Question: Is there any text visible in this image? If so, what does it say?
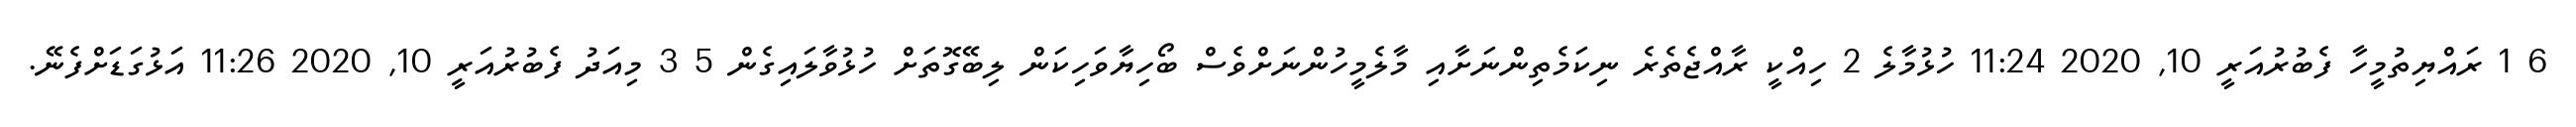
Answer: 6 1 ރައްޔިތުމީހާ ފެބުރުއަރީ 10, 2020 11:24 ހުޅުމާލެ 2 ހިއްކީ ރާއްޖެތެރެ ނިކަމެތިންނަށާއި މާލެމީހުންނަށްވެސް ބޯހިޔާވަހިކަން ލިބޭގޮތަށް ހުޅުވާލައިގެން 5 3 މިއަދު ފެބުރުއަރީ 10, 2020 11:26 އަޅުގަޑަށްފެނޭ.